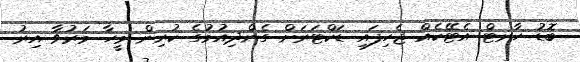
ބޮޑު ހާރޓް އެޓޭކެއް ޖެހިފައި ޑަކްޓަރަށް ގެންދިއުމުގެ ކުރިން މީހާ މަރުވާ އިރު